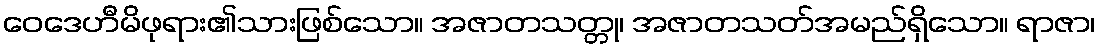
ဝေဒေဟီမိဖုရား၏သားဖြစ်သော။ အဇာတသတ္တု၊ အဇာတသတ်အမည်ရှိသော။ ရာဇာ၊